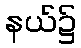
နယ်၌